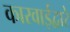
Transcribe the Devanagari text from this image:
कारवाईद्वारे